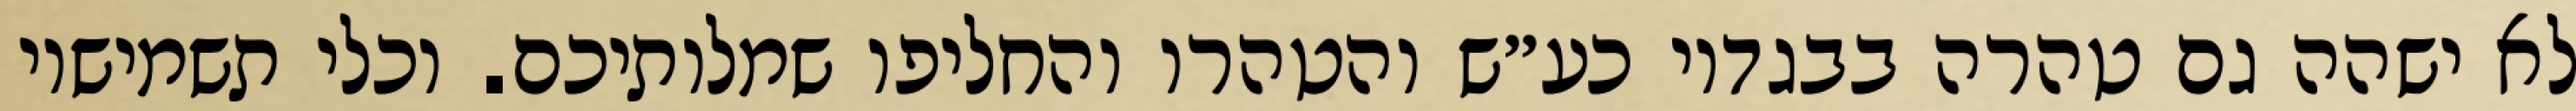
לא ישהה גם טהרה בבגדיו כע״ש והטהרו והחליפו שמלותיכם. וכלי תשמישיו